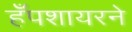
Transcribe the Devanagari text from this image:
हँपशायरने